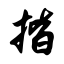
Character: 揩